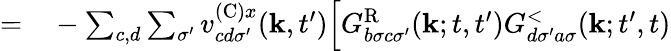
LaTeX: \begin{array}{rl}{=}&{{}-\sum_{c,d}\sum_{\sigma^{\prime}}v_{cd\sigma^{\prime}}^{(\textrm{C})x}(\mathbf{k},t^{\prime})\Bigl[G_{b\sigma c\sigma^{\prime}}^{\textrm{R}}(\mathbf{k};t,t^{\prime})G_{d\sigma^{\prime}a\sigma}^{<}(\mathbf{k};t^{\prime},t)}\end{array}